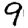
Digit: 9